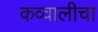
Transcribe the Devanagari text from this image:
कव्वालीचा